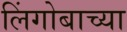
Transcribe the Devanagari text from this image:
लिंगोबाच्या